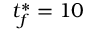
t _ { f } ^ { \ast } = 1 0